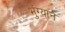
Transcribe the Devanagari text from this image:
भुंग्याने